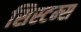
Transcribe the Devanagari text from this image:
सिस्‍टम्स